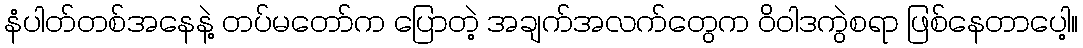
နံပါတ်တစ်အနေနဲ့ တပ်မတော်က ပြောတဲ့ အချက်အလက်တွေက ဝိဝါဒကွဲစရာ ဖြစ်နေတာပေါ့။